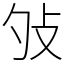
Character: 𢻭